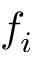
f _ { i }